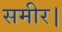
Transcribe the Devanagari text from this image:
समीर।